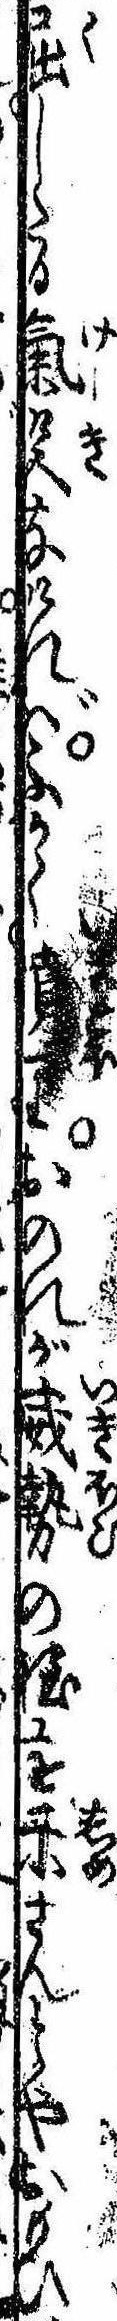
屈したる気色なければふかく憤りおのれが威勢の程を示さんとやおもひ